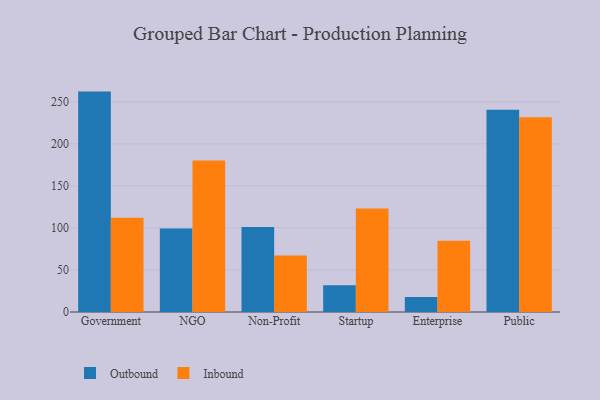
{"axis": {"x": "Segment", "y": "Gross Profit (USD K)"}, "legend": ["Inbound", "Outbound"], "data": [{"x": "Government", "y": 262.1, "type": "Outbound"}, {"x": "Government", "y": 112.0, "type": "Inbound"}, {"x": "NGO", "y": 99.3, "type": "Outbound"}, {"x": "NGO", "y": 180.2, "type": "Inbound"}, {"x": "Non-Profit", "y": 101.2, "type": "Outbound"}, {"x": "Non-Profit", "y": 67.2, "type": "Inbound"}, {"x": "Startup", "y": 31.9, "type": "Outbound"}, {"x": "Startup", "y": 123.1, "type": "Inbound"}, {"x": "Enterprise", "y": 17.9, "type": "Outbound"}, {"x": "Enterprise", "y": 84.8, "type": "Inbound"}, {"x": "Public", "y": 240.5, "type": "Outbound"}, {"x": "Public", "y": 231.6, "type": "Inbound"}]}